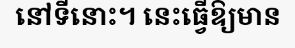
នៅទីនោះ។ នេះធ្វើឱ្យមាន